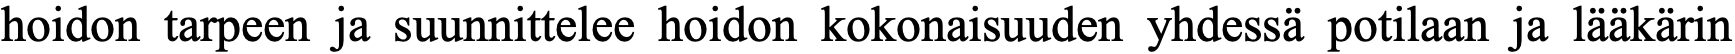
hoidon tarpeen ja suunnittelee hoidon kokonaisuuden yhdessä potilaan ja lääkärin